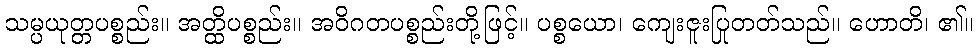
သမ္ပယုတ္တပစ္စည်း။ အတ္ထိပစ္စည်း။ အဝိဂတပစ္စည်းတို့ဖြင့်။ ပစ္စယော၊ ကျေးဇူးပြုတတ်သည်။ ဟောတိ၊ ၏။